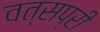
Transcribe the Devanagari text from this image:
वत्सप्री